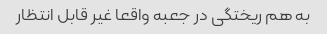
به هم ریختگی در جعبه واقعا غیر قابل انتظار